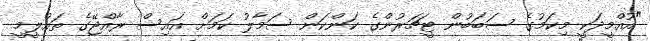
"އުއްމީދަކީ މިކަމުގެ ސަބަބުން ޓީޗަރުންގެ ކަންކަން ސަމާލު ކަމަށް އައިސް ރާއްޖޭގެ ތައުލީމީ